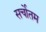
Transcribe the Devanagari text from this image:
सर्चोतम